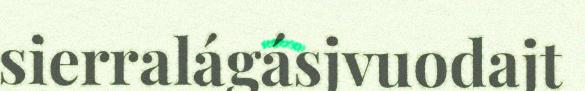
sierralágásjvuodajt